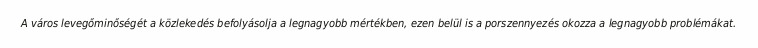
A város levegőminőségét a közlekedés befolyásolja a legnagyobb mértékben, ezen belül is a porszennyezés okozza a legnagyobb problémákat.